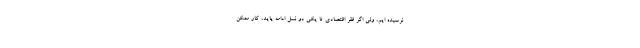
نرسیده ایم، ولی اگر فقر اقتصادی تا یکی دو نسل ادامه یاید، کار ممکن